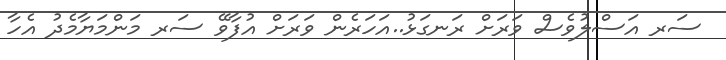
ސަރ އަސްލުވެސް ވަރަށް ރަނގަޅު..އަހަރެން ވަރަށް އުފާވޭ ސަރ މަންމަޔާމެދު އެހާ